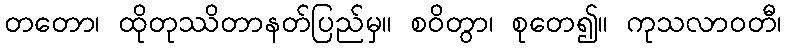
တတော၊ ထိုတုဿိတာနတ်ပြည်မှ။ စဝိတွာ၊ စုတေ၍။ ကုသလာဝတီ၊